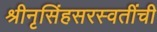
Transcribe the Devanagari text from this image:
श्रीनृसिंहसरस्वतींची